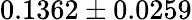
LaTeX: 0.1362\pm 0.0259